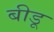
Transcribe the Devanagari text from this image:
बीडू